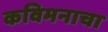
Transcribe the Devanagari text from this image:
कविमनाचा